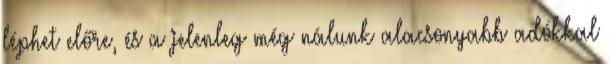
léphet előre, és a jelenleg még nálunk alacsonyabb adókkal